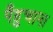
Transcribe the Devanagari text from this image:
पँहुचाना